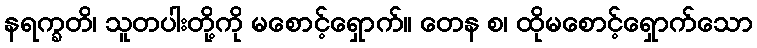
နရက္ခတိ၊ သူတပါးတို့ကို မစောင့်ရှောက်။ တေန စ၊ ထိုမစောင့်ရှောက်သော